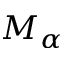
M _ { \alpha }